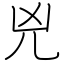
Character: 兇